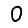
Digit: 0